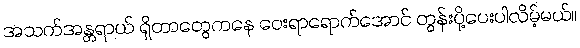
အသက်အန္တရာယ် ရှိတာတွေကနေ ဝေးရာရောက်အောင် တွန်းပို့ပေးပါလိမ့်မယ်။